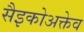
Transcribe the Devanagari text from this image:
सैइकोअक्तेव